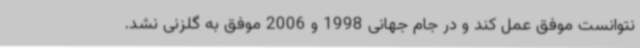
نتوانست موفق عمل کند و در جام جهانی 1998 و 2006 موفق به گلزنی نشد.